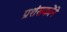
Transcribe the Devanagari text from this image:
प्रशंसकोंने